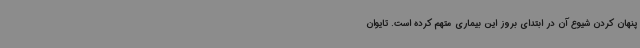
پنهان کردن شیوع آن در ابتدای بروز این بیماری متهم کرده است. تایوان